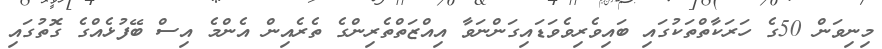
މިނިވަން 50ގެ ހަރަކާތްތަކުގައި ބައިވެރިވެވަޑައިގަންނަވާ އިއްޒަތްތެރިންގެ ތެރެއިން އެންމެ އިސް ބޭފުޅެއްގެ ގޮތުގައި